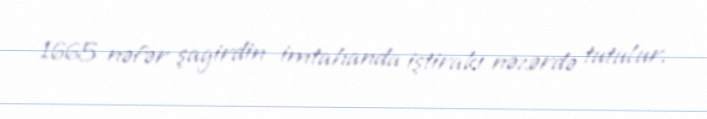
1665 nəfər şagirdin imtahanda iştirakı nəzərdə tutulur.